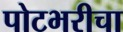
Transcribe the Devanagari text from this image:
पोटभरीचा